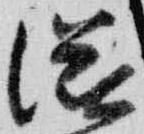
滋